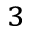
^ { 3 }